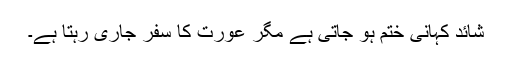
شائد کہانی ختم ہو جاتی ہے مگر عورت کا سفر جاری رہتا ہے۔